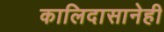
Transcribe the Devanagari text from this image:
कालिदासानेही